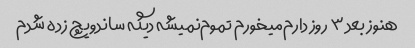
هنوز بعد ۳ روز دارم‌میخورم تموم‌نمیشه دیگه ساندویچ زده شدم